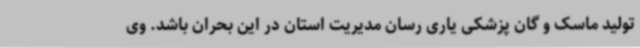
تولید ماسک و گان پزشکی یاری رسان مدیریت استان در این بحران باشد. وی